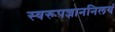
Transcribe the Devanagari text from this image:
स्वरूपज्ञाननिलयं